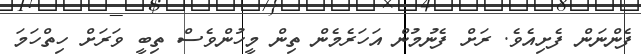
ފެންނަން ފެށިއެވެ. ރަށް ފެނުމުން އަހަރެމެން ތިން މީހުންވެސް ތިބީ ވަރަށް ހިތްހަމަ